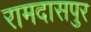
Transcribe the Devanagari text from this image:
रामदासपुर